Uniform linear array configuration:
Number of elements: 16
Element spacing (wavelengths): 0.75
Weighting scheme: blackman
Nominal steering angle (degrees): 60
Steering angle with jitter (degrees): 60.22
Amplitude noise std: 0.05
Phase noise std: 0.05

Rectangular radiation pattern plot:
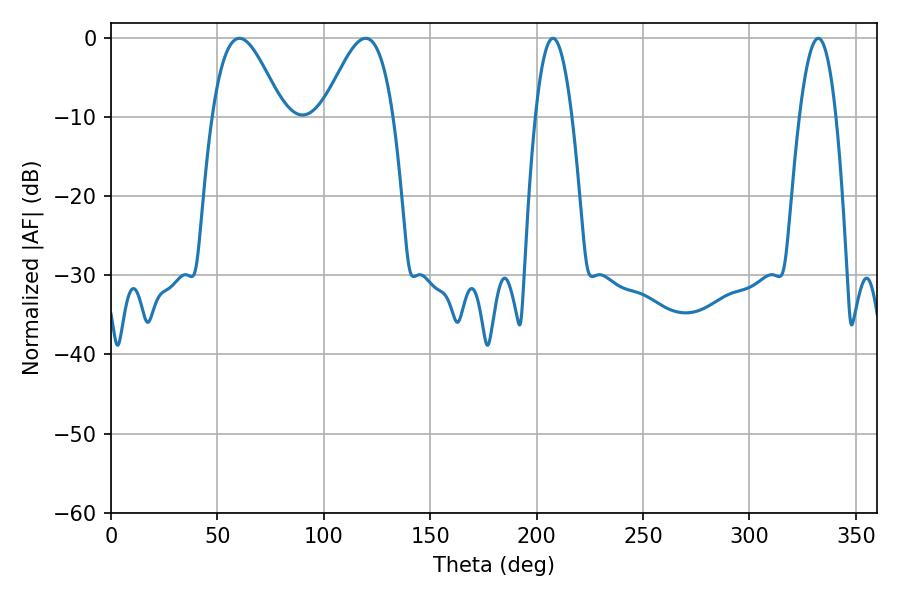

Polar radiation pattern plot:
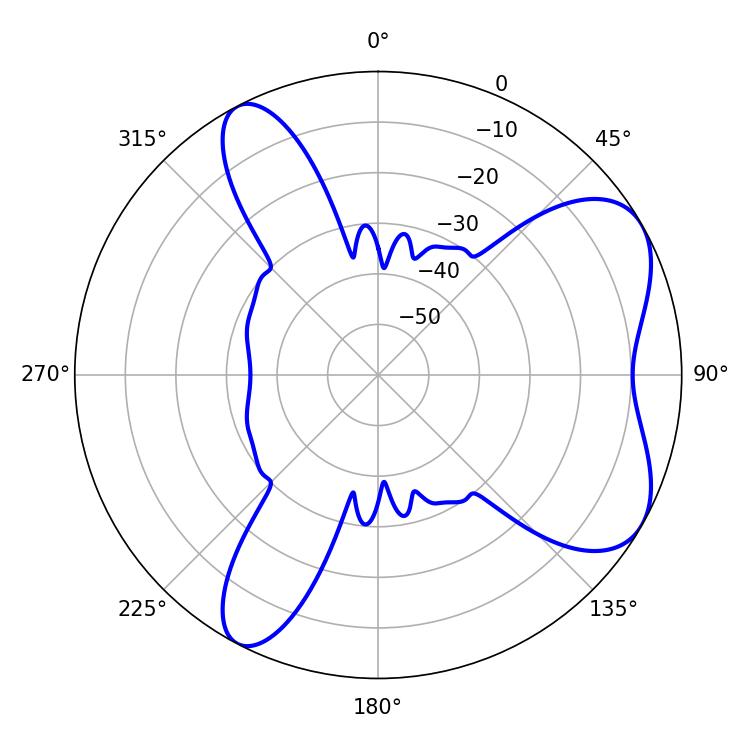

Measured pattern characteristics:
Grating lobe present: TRUE
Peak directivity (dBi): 6.381
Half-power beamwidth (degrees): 17.82
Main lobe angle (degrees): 60.3